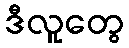
ဒီလူတွေ